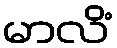
မာလိံ